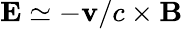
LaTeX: \mathbf{E}\simeq-\mathbf{v}/c\times\mathbf{B}